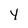
Character: y